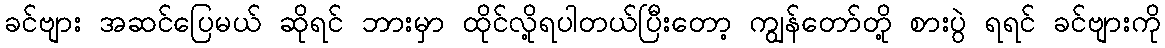
ခင်ဗျား အဆင်ပြေမယ် ဆိုရင် ဘားမှာ ထိုင်လို့ရပါတယ်ပြီးတော့ ကျွန်တော်တို့ စားပွဲ ရရင် ခင်ဗျားကို